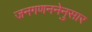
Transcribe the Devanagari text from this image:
जनगणननेनुसार